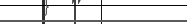
١٧